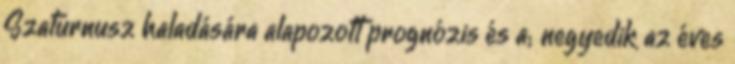
Szaturnusz haladására alapozott prognózis és a; negyedik az éves